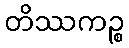
တိဿကဉ္စ